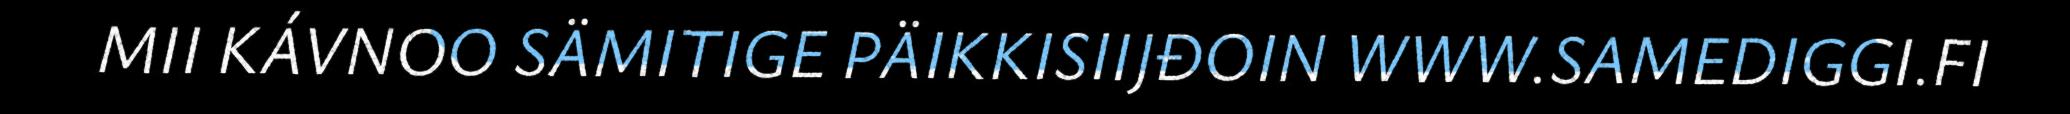
MII KÁVNOO SÄMITIGE PÄIKKISIIJĐOIN WWW.SAMEDIGGI.FI